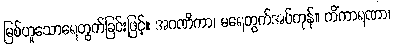
မြစ်ဟူသောရေတွက်ခြင်းဖြင့်။ အဂဏိကာ၊ မရေတွက်အပ်ကုန်။ ကိံကာရဏာ၊